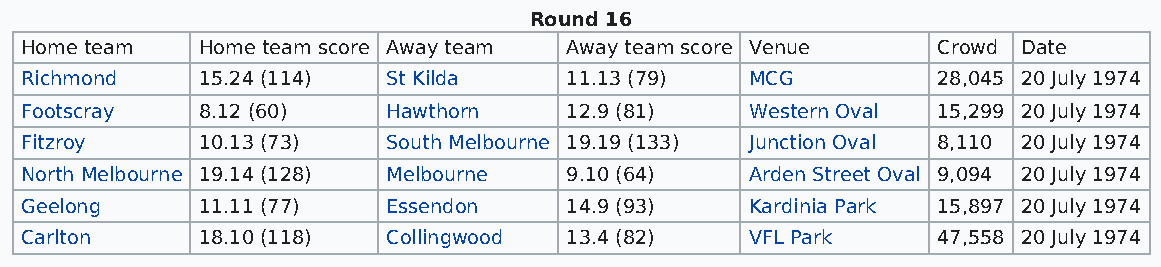
Round 16
 Home team   Home team score Away team Away team score Venue  Crowd Date
 Richmond    15.24 (114)  St Kilda   11.13 (79)   MCG         28,045 20 July 1974
 Footscray   8.12 (60)    Hawthorn   12.9 (81)    Western Oval 15,299 20 July 1974
 Fitzroy     10.13 (73)   South Melbourne 19.19 (133) Junction Oval 8,110 20 July 1974
 North Melbourne 19.14 (128) Melbourne 9.10 (64)  Arden Street Oval 9,094 20 July 1974
 Geelong     11.11 (77)   Essendon   14.9 (93)    Kardinia Park 15,897 20 July 1974
 Carlton     18.10 (118)  Collingwood 13.4 (82)   VFL Park    47,558 20 July 1974